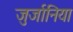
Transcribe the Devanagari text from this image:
जुर्जानिया